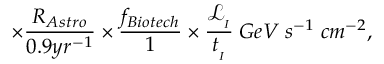
\times \frac { R _ { A s t r o } } { 0 . 9 y r ^ { - 1 } } \times \frac { f _ { B i o t e c h } } { 1 } \times \frac { \mathcal { L } _ { _ { I } } } { t _ { _ { I } } } \; G e V \; s ^ { - 1 } \; c m ^ { - 2 } ,